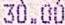
30.00